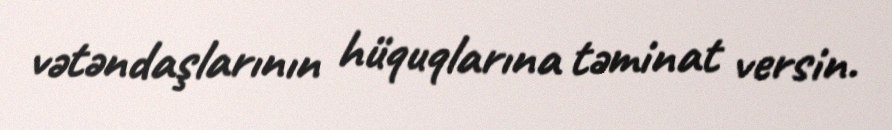
vətəndaşlarının hüquqlarına təminat versin.